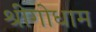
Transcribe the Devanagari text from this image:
श्रीगोधाम